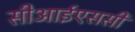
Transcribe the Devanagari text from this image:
सीआईएससी